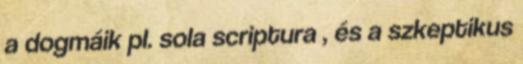
a dogmáik pl. sola scriptura , és a szkeptikus